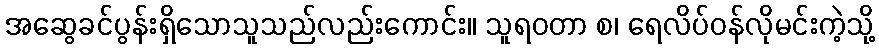
အဆွေခင်ပွန်းရှိသောသူသည်လည်းကောင်း။ သူရဝတာ စ၊ ရေလိပ်ဝန်လိုမင်းကဲ့သို့